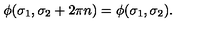
\phi ( \sigma _ { 1 } , \sigma _ { 2 } + 2 \pi n ) = \phi ( \sigma _ { 1 } , \sigma _ { 2 } ) .